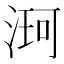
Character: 𮳌